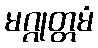
မဂ္ဂုတ္တမံ